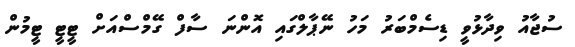
ސުޖާއު ވިދާޅުވީ ޑިސެމްބަރު މަހު ނޭޕާލްގައި އޮންނަ ސާފް ގޭމްސްއަށް ޓީޓީ ޓީމުން